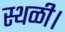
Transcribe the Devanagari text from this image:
स्थळी।